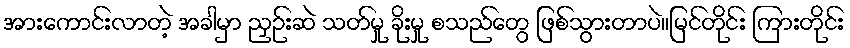
အားကောင်းလာတဲ့ အခါမှာ ညှဉ်းဆဲ သတ်မှု ခိုးမှု စသည်တွေ ဖြစ်သွားတာပဲ။မြင်တိုင်း ကြားတိုင်း